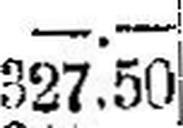
327.50